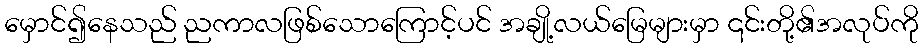
မှောင်၍နေသည် ညကာလဖြစ်သောကြောင့်ပင် အချို့လယ်မြေများမှာ ၎င်းတို့၏အလုပ်ကို